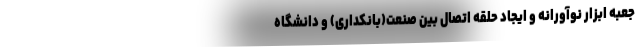
جعبه ابزار نوآورانه و ایجاد حلقه اتصال بین صنعت(بانکداری) و دانشگاه